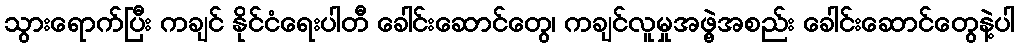
သွားရောက်ပြီး ကချင် နိုင်ငံရေးပါတီ ခေါင်းဆောင်တွေ၊ ကချင်လူမှုအဖွဲ့အစည်း ခေါင်းဆောင်တွေနဲ့ပါ